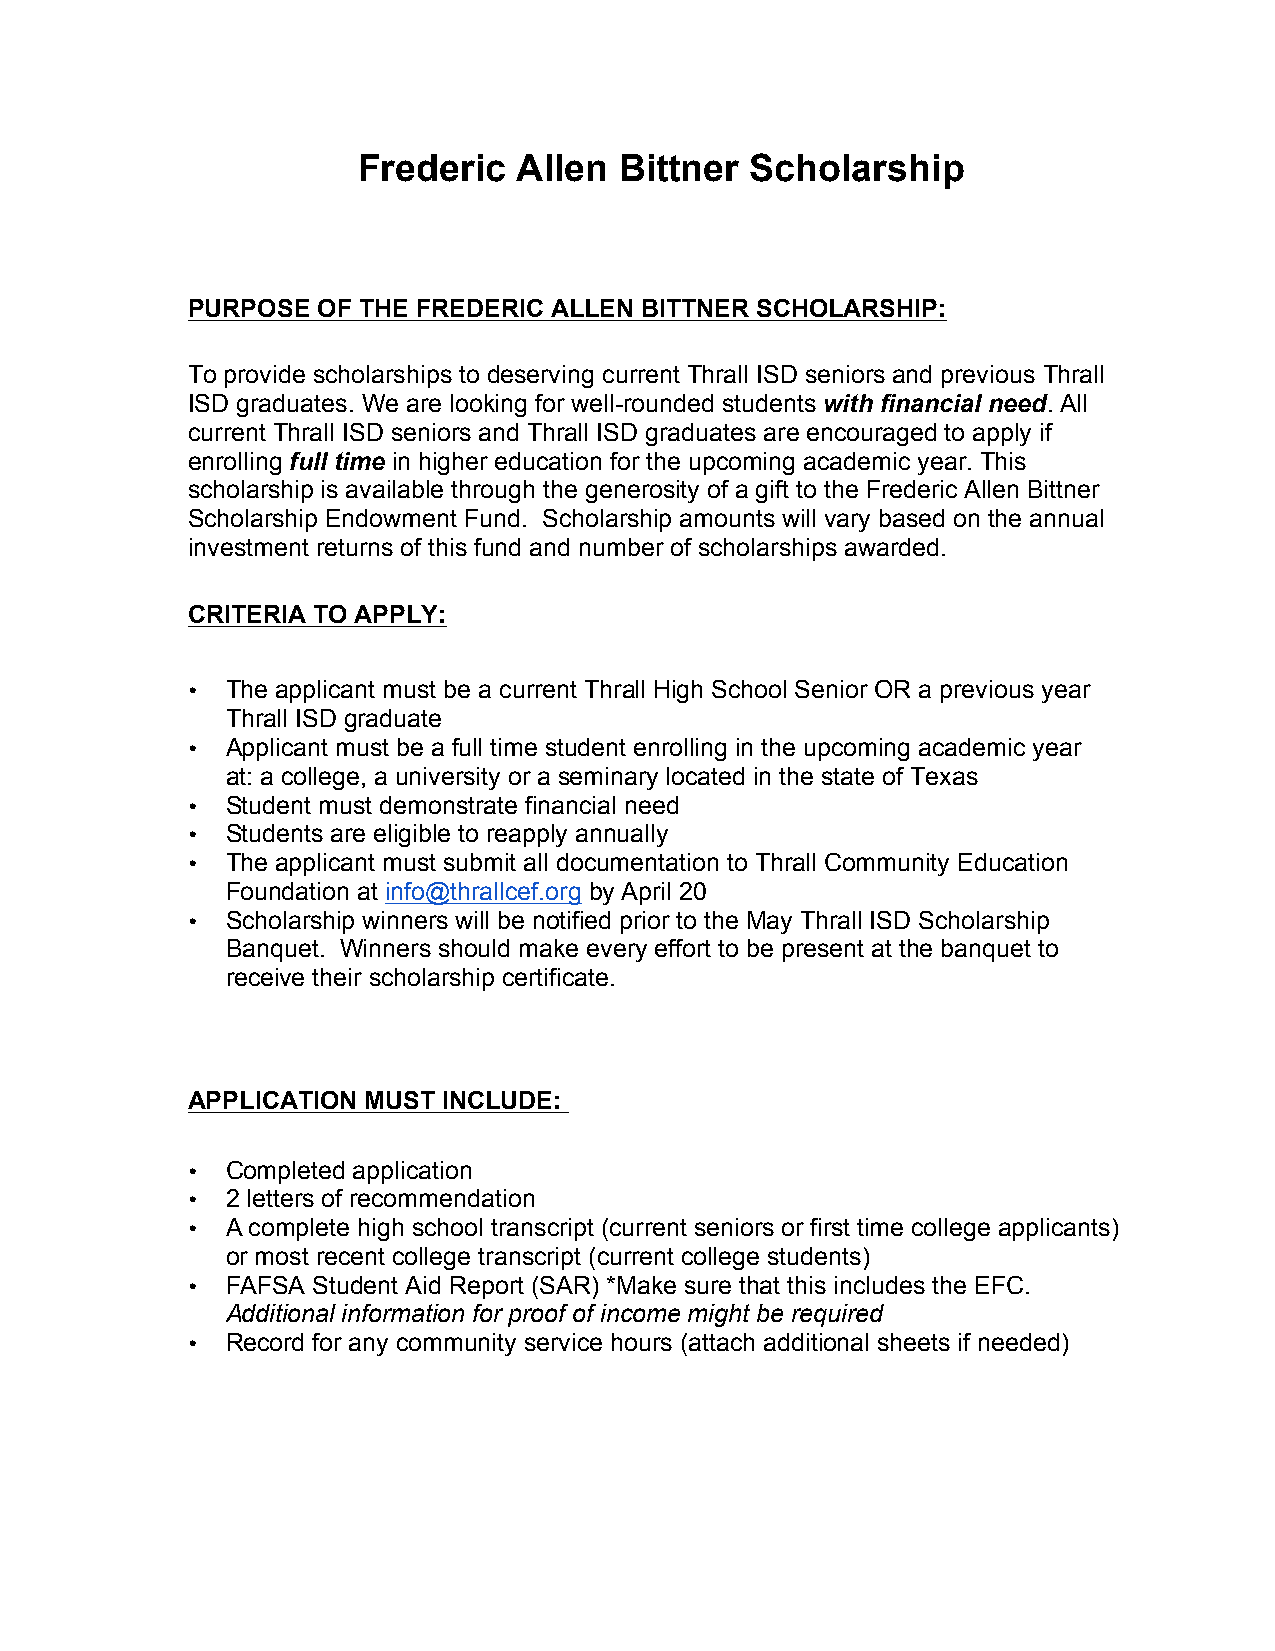
Frederic  Allen  Bittner  Scholarship
 PURPOSE  OF THE FREDERIC ALLEN BITTNER SCHOLARSHIP:
 To provide scholarships to deserving current Thrall ISD seniors and previous Thrall
 ISD graduates. We are looking for well-rounded students with financial need. All
 current Thrall ISD seniors and Thrall ISD graduates are encouraged to apply if
 enrolling full time in higher education for the upcoming academic year. This
 scholarship is available through the generosity of a gift to the Frederic Allen Bittner
 Scholarship Endowment Fund. Scholarship amounts will vary based on the annual
 investment returns of this fund and number of scholarships awarded.
 CRITERIA TO APPLY:
 •  The applicant must be a current Thrall High School Senior OR a previous year
 Thrall ISD graduate
 •  Applicant must be a full time student enrolling in the upcoming academic year
 at: a college, a university or a seminary located in the state of Texas
 •  Student must demonstrate financial need
 •  Students are eligible to reapply annually
 •  The applicant must submit all documentation to Thrall Community Education
 Foundation at info@thrallcef.org by April 20
 •  Scholarship winners will be notified prior to the May Thrall ISD Scholarship
 Banquet. Winners should make every effort to be present at the banquet to
 receive their scholarship certificate.
 APPLICATION MUST INCLUDE:
 •  Completed application
 •  2 letters of recommendation
 •  A complete high school transcript (current seniors or first time college applicants)
 or most recent college transcript (current college students)
 •  FAFSA Student Aid Report (SAR) *Make sure that this includes the EFC.
 Additional information for proof of income might be required
 •  Record for any community service hours (attach additional sheets if needed)